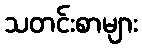
သတင်းစာများ